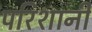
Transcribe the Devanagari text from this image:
परिशानी